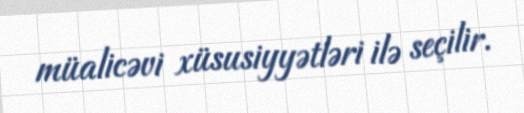
müalicəvi xüsusiyyətləri ilə seçilir.